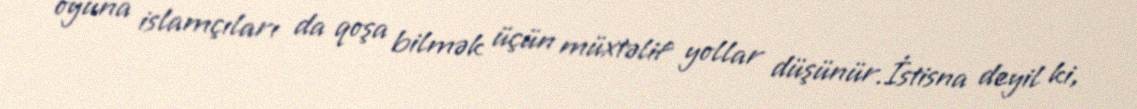
oyuna islamçıları da qoşa bilmək üçün müxtəlif yollar düşünür.İstisna deyil ki,